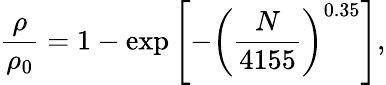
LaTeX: \frac{\rho}{\rho_{0}}=1-\exp{\left[-\left(\frac{N}{4155}\right)^{0.35}\right]},